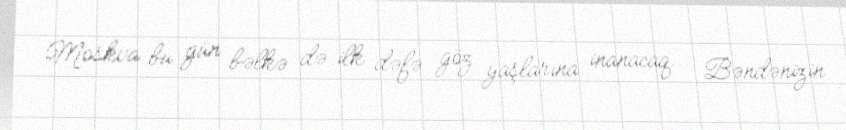
Moskva bu gün bəlkə də ilk dəfə göz yaşlarına inanacaq... Bəndənizin